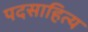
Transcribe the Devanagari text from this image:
पदसाहित्य